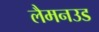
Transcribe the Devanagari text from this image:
लैमनउड